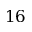
1 6